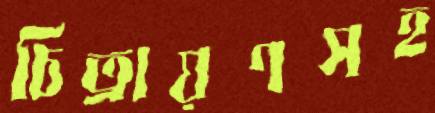
চিত্রায়ণসহ